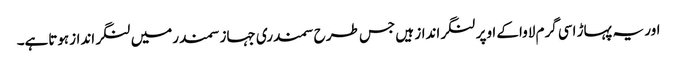
اور یہ پہاڑ اسی گرم لاواکے اوپر لنگرانداز ہیں جس طرح سمندری جہازسمندرمیں لنگر اندازہوتاہے۔